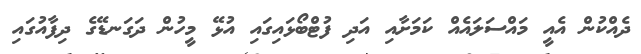
ދެއްކުން އެއީ މައްސަލައެއް ކަމަށާއި އަދި ފުޓްބޯޅައިގައި އުޅޭ މީހުން ދަގަނޑޭގެ ދިފާއުގައި